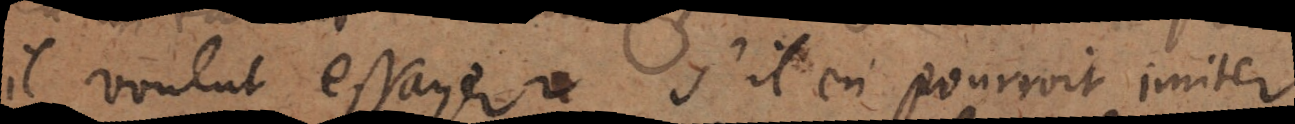
il voulut essayer s’il en pourroit imiter